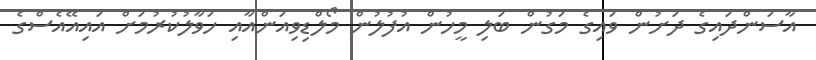
އާސަންދައިގެ ދަށުން ވައިގެ މަގުން ބަލި މީހުން އުފުލުން މޯލްޑިވިއަންއާއި ހަވާލުކުރުމަށް އައިއޭއެސްގެ